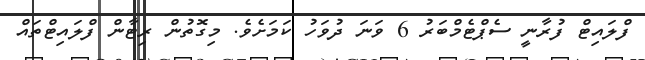
ފްލައިޓް ފުރާނީ ސެޕްޓެމްބަރު 6 ވަނަ ދުވަހު ކަމަށެވެ. މިގޮތުން ރިޓާން ފްލައިޓްތައް